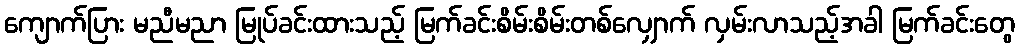
ကျောက်ပြား မညီမညာ မြုပ်ခင်းထားသည့် မြက်ခင်းစိမ်းစိမ်းတစ်လျှောက် လှမ်းလာသည့်အခါ မြက်ခင်းတွေ